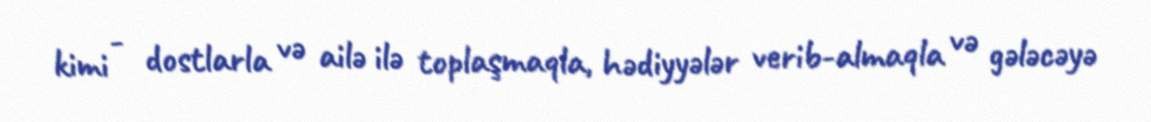
kimi - dostlarla və ailə ilə toplaşmaqla, hədiyyələr verib-almaqla və gələcəyə